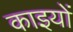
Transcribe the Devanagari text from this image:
काइयों